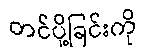
တင်ပို့ခြင်းကို